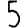
Digit: 5